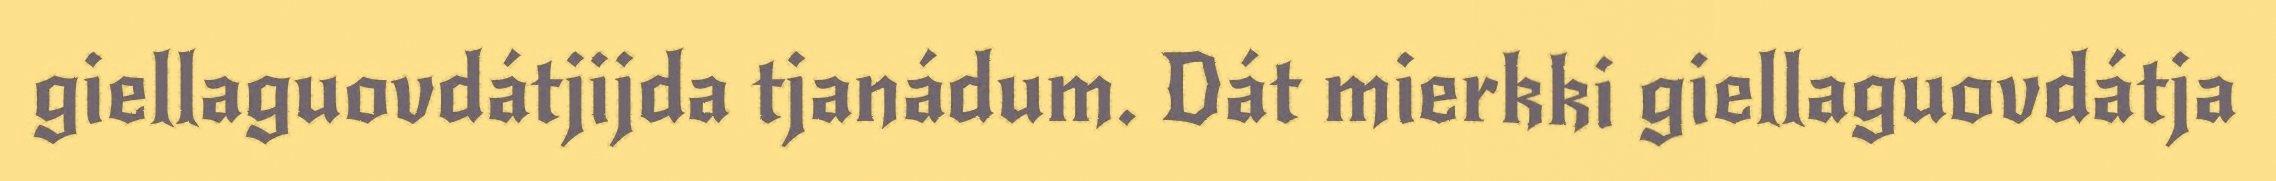
giellaguovdátjijda tjanádum. Dát mierkki giellaguovdátja